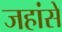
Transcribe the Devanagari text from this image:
जहांसे